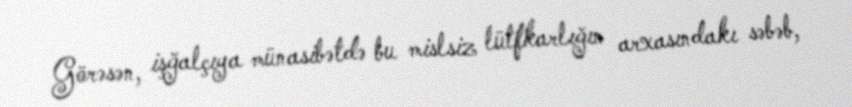
Görəsən, işğalçıya münasibətdə bu mislsiz lütfkarlığın arxasındakı səbəb,